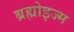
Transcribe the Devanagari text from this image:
ब्रह्मोइज्म